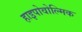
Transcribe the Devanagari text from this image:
हाइपोवोल्मिक